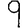
Digit: 9